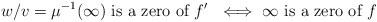
\begin{align*}w/v = \mu^{-1}(\infty) \textrm{ is a zero of $f'$ } \iff \infty \textrm{ is a zero of } f\end{align*}